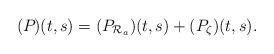
LaTeX: \begin{align*} (P_{}) (t,s) & = (P_{\mathcal{R}_a}) (t,s)+ (P_{\zeta}) (t,s).\end{align*}